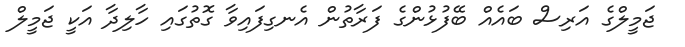
ޖަމީލްގެ އަރިސް ބައެއް ބޭފުޅުންގެ ފަރާތުން އެނގިފައިވާ ގޮތުގައި ހާލިދާ އަކީ ޖަމީލް